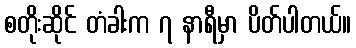
စတိုးဆိုင် တံခါးက ၇ နာရီမှာ ပိတ်ပါတယ်။